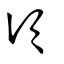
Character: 頃